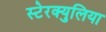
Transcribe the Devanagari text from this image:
स्टेरक्युलिया